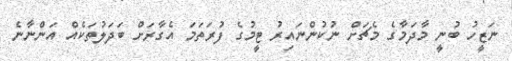
ނަޒީހު ބުނީ މާދަމާގެ މެޗަށް ނުކުންނައިރު ޓީމުގެ ފުރަތަމަ އެގާރަށް ބަދަލުތަކެއް އަންނާނެ